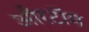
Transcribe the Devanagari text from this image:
औरटॉम